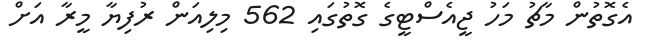
އެގޮތުން މާޗު މަހު ޖީއެސްޓީގެ ގޮތުގައި 562 މިލިއަން ރުފިޔާ މީރާ އަށް